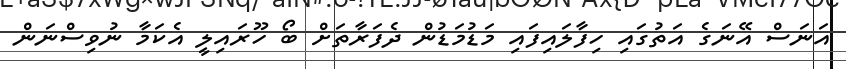
އަނަސް އޭނަގެ އަތުގައި ހިފާލައިފައި މަޑުމަޑުން ދެފަރާތަށް ބޯ ހޫރައިލީ އެކަމާ ނުވިސްނަން